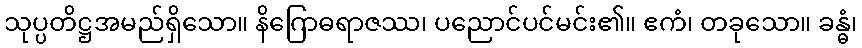
သုပ္ပတိဋ္ဌအမည်ရှိသော။ နိဂြောဓရာဇဿ၊ ပညောင်ပင်မင်း၏။ ဧကံ၊ တခုသော။ ခန္ဓံ၊